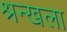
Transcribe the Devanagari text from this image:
श्रन्खला